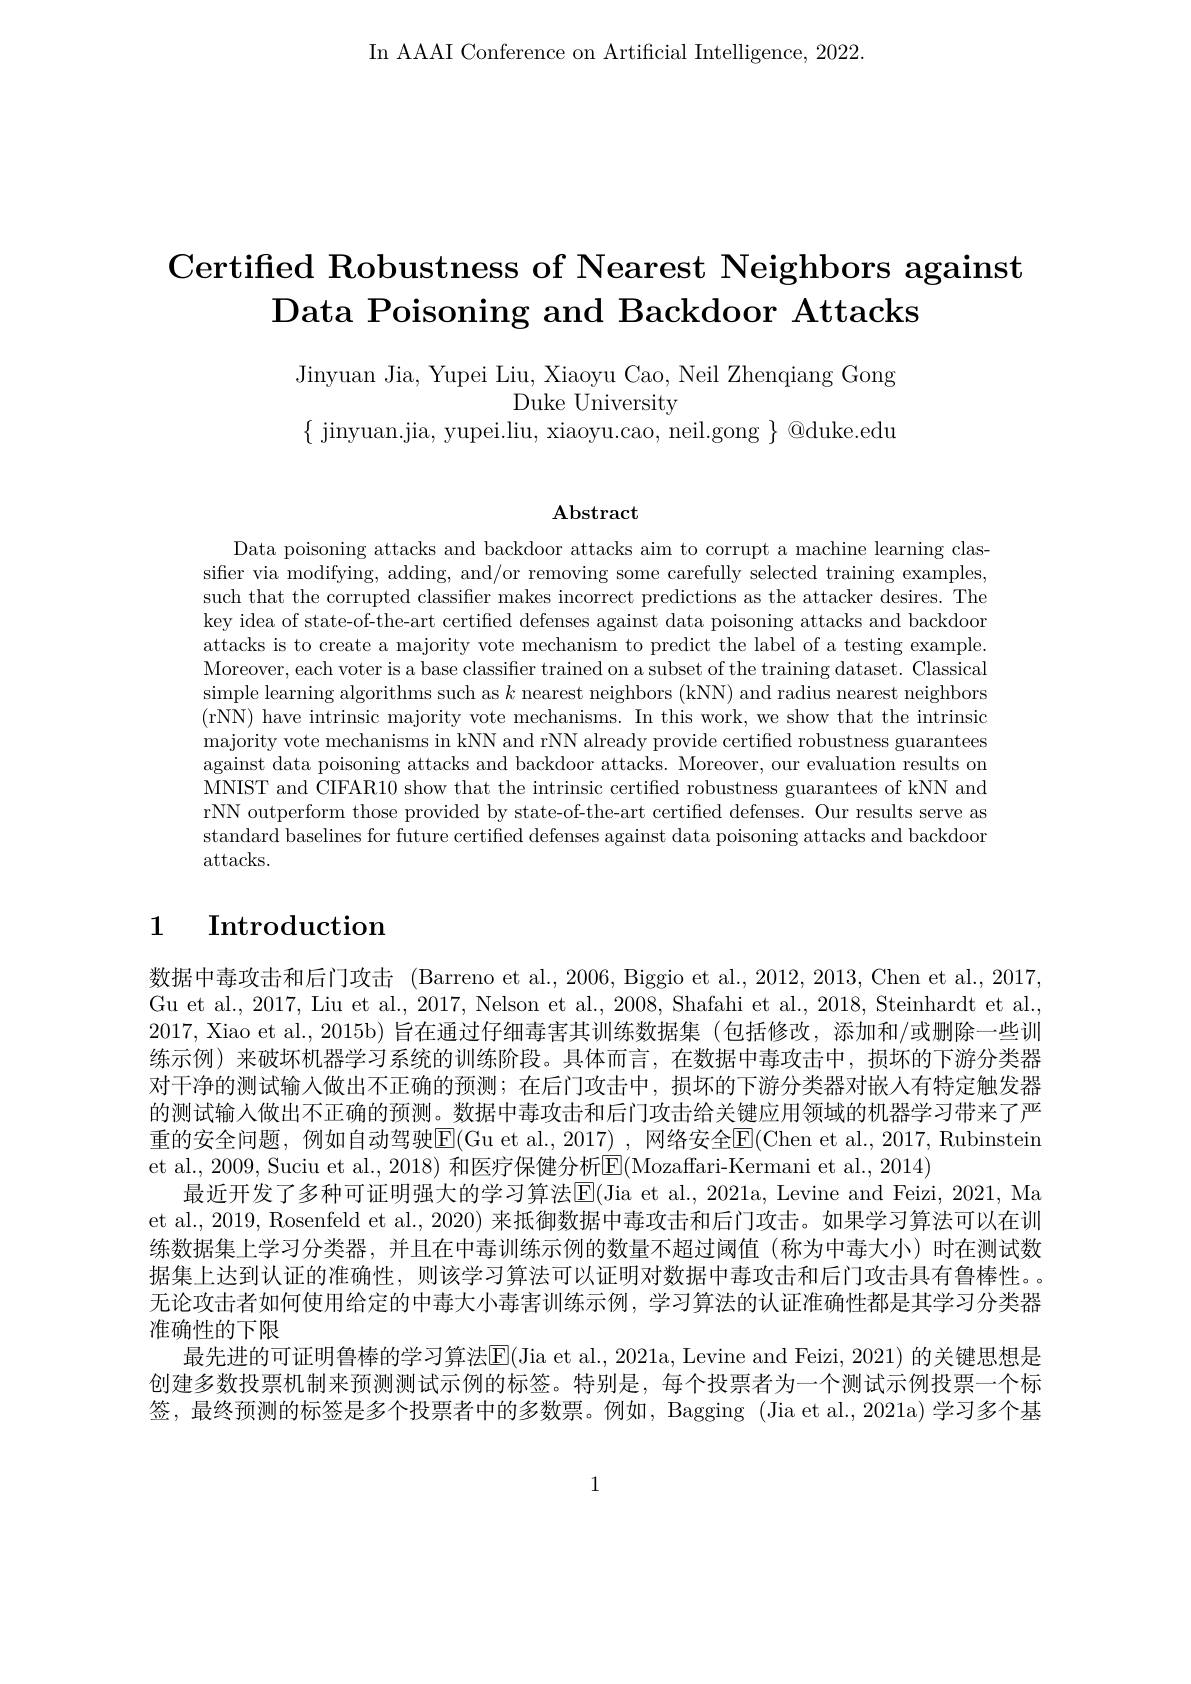
In AAAI Conference on Artificial Intelligence, 2022

# Certified Robustness of Nearest Neighbors against Data Poisoning and Backdoor Attacks

Jinyuan Jia, Yupei Liu, Xiao
Duke University
$\{$ jinyuan.jia, yupei.liu, xiaoyu.cao, neil.gong $\}@$duke.edu

$\mathbf{Abstract}$

Data poisoning attacks and backdoor attacks aim to corrupt a machine learning classifer via modifying, adding, and/or removing some carefully selected training examples, such that the corrupted classifier makes incorrect predictions as the attacker desires. The key idea of state-of-the-art certified defenses against data poisoning attacks and backdoor attacks is to create a majority vote mechanism to predict the label of a testing example. Moreover, each voter is a base classifier trained on a subset of the training dataset. Classical simple learning algorithms such as $k$ nearest neighbors (kNN) and radius nearest neighbors (rNN) have intrinsic majority vote mechanisms. In this work, we show that the intrinsic majority vote mechanisms in against data poisoning attacks and backdoor attacks. Moreover, our evaluation results on MNIST and CIFAR10 show that the intrinsic certified robustness guarantees of kNN and rNN outperform those provide standard baselines for future certified defenses against data poisoning attacks and backdoor attacks.

## 1 $\textbf{Introduction}$

数据中毒攻击和后门攻击 (Barreno et al.,2006, Biggio et al., 2012, 2013, Chen et al., 2017, Gu et al., 2017, Liu et al., 2017, Nelson et al., 2008, Shafahi et al., 2018, Steinhardt et al., 2017, Xiao et al., 2015b)旨在通过仔细毒害其训练数据集(包括修改，添加和/或删除一些训练示例)来破坏机器学习系统的训练阶段。具体而言，在数据中对干净的测试输入做出不正确的预测；在后门攻击中，损坏的下游分类器对嵌人有特定触发器的测试输入做出不正确的预测。数据中毒攻击和后门攻击给关键重的安全问题，例如自动驾驶E(Gu et al., 2017) , 网络安全E(Chen et al., 2017, Rubinstein et al., 2009, Suciu et al., 2018) 和医疗保健分析$\overline{\mathrm{E}}($Mozaffari-Kermani et al., 2014)
最近开发了多种可证明强大的学习算法$\mathbb{E}($Jia et al., 2019, Rosenfeld et al., 2020) 来抵御数据中毒攻击和后门攻击。如果学习算法可以在训练数据集上学习分类器，并且在中毒训练示例的数量不超过阈值(称为中毒大小)时在测试数据集上达到认证的准确性，则该学习算法可以证明对数据中毒攻击和后门攻击具有鲁棒性。。无论攻击者如何使用给定的中毒大小毒害训练示例，学习算法的认证准确性都是其学习分类器准确性的下限
最先进的可证明鲁棒的学习算法$\overline{\mathbb{E}}($Jia et al., 2021a, Levine and Feizi, 2021) 的关键思想是创建多数投票机制来预测测试示例的标签。特别是，每个投票者为一个测试示例投票一个标签，最终预测的标签是多个投票者中的多数票。例如，Bagging (Jia et al., 2021a) 学习多个基

1